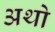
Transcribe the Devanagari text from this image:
अथो